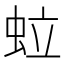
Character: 𧉼